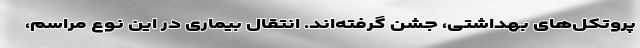
پروتکل‌های بهداشتی، جشن گرفته‌اند. انتقال بیماری در این نوع مراسم،